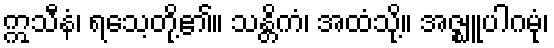
ဣသီနံ၊ ရသေ့တို့၏။ သန္တိကံ၊ အထံသို့။ အဇ္ဈူပါဂမုံ၊